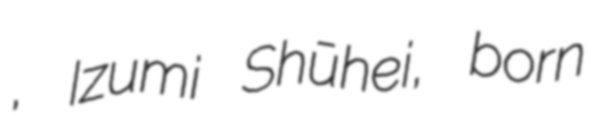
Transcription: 宗兵, Izumi Shūhei, born